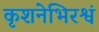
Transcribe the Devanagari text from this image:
कृशनेभिरश्वं